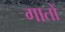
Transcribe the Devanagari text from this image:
गातों